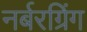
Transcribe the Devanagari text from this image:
नर्बरग्रिंग